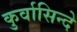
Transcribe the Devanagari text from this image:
कुर्वासिन्दे